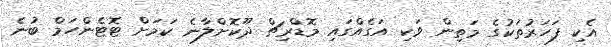
އެކި ފަހަރުތަކުގެ މަތިން ވަކި އަގެއްގައި މޮޑްރިޗް ދޫކޮށްލާނެ ކަމަށް ޓޮޓެންހަމް ބުނެ